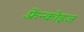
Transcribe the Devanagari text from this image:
फ़्रेंन्कोइज